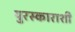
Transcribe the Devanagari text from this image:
पुरस्काराशी